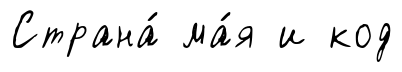
Страна́ ма́я и код